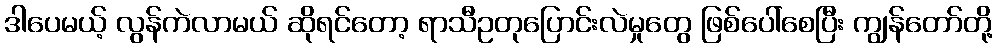
ဒါပေမယ့် လွန်ကဲလာမယ် ဆိုရင်တော့ ရာသီဥတုပြောင်းလဲမှုတွေ ဖြစ်ပေါ်စေပြီး ကျွန်တော်တို့